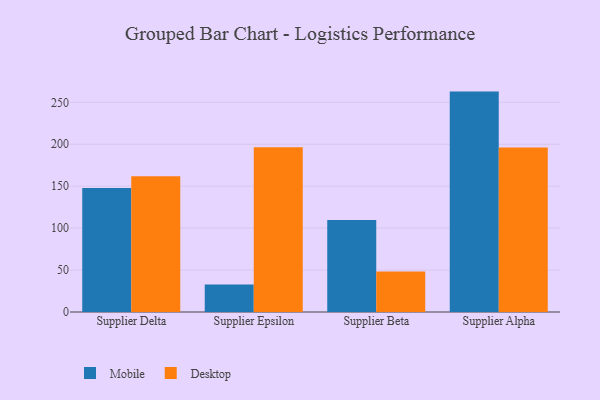
{"axis": {"x": "Supplier", "y": "Waste Production (Tons)"}, "legend": ["Desktop", "Mobile"], "data": [{"x": "Supplier Delta", "y": 147.8, "type": "Mobile"}, {"x": "Supplier Delta", "y": 162.0, "type": "Desktop"}, {"x": "Supplier Epsilon", "y": 32.8, "type": "Mobile"}, {"x": "Supplier Epsilon", "y": 196.3, "type": "Desktop"}, {"x": "Supplier Beta", "y": 109.6, "type": "Mobile"}, {"x": "Supplier Beta", "y": 48.2, "type": "Desktop"}, {"x": "Supplier Alpha", "y": 262.8, "type": "Mobile"}, {"x": "Supplier Alpha", "y": 196.0, "type": "Desktop"}]}